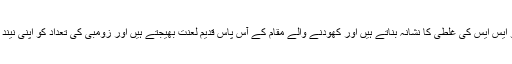
یہ دونوں اپنے آپ کو ایس ایس کی غلطی کا نشانہ بناتے ہیں اور کھودنے والے مقام کے آس پاس قدیم لعنت بھیجتے ہیں اور زومبی کی تعداد کو اپنی نیند سے زندہ کرتے ہیں۔